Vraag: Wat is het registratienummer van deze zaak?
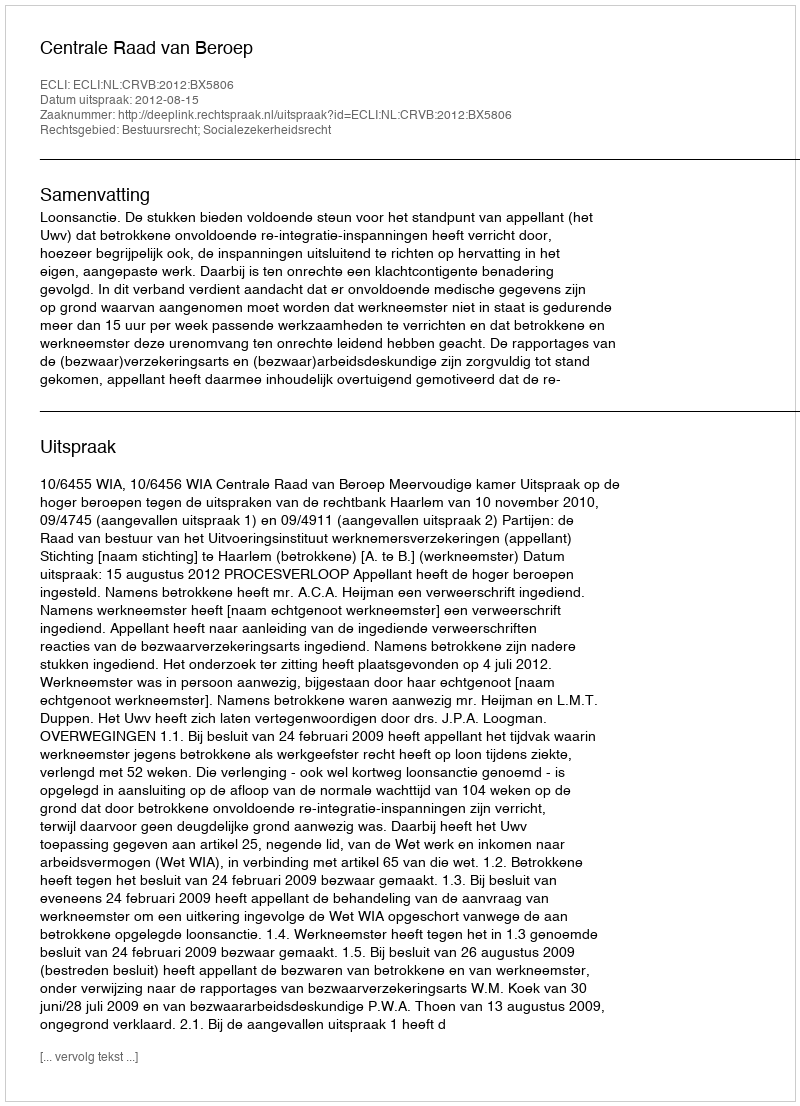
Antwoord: http://deeplink.rechtspraak.nl/uitspraak?id=ECLI:NL:CRVB:2012:BX5806